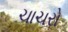
ચાચરો